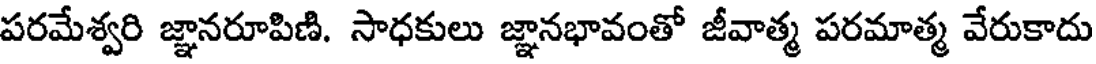
పరమేశ్వరి జ్ఞానరూపిణి. సాధకులు జ్ఞానభావంతో జీవాత్మ పరమాత్మ వేరుకాదు